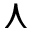
\curlywedge